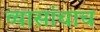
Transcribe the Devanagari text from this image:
व्यासांचाच